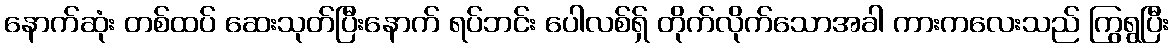
နောက်ဆုံး တစ်ထပ် ဆေးသုတ်ပြီးနောက် ရပ်ဘင်း ပေါလစ်ရှ် တိုက်လိုက်သောအခါ ကားကလေးသည် ကြွရွပြီး